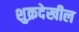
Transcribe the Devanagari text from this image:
शुक्रदेखील